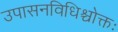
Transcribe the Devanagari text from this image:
उपासनविधिश्चोक्तः